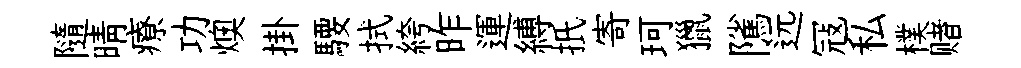
隨晴療功燠掛騕拭絝昨運縛扺寄珂獵隲远冦私樸赌